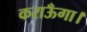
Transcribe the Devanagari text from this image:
कराऊँगा।